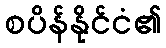
စပိန်နိုင်ငံ၏